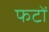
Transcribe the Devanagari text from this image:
फटों